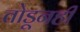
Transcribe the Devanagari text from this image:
तोडूनही